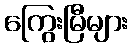
ကြွေးမြီများ